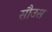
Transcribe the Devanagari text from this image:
सौउस